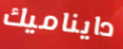
دايناميك